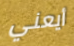
أيعني